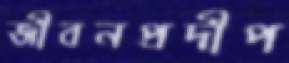
জীবনপ্রদীপ